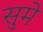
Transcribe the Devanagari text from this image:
सुमे